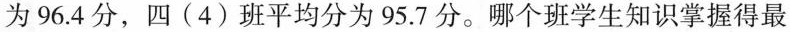
为96.4分，四(4)班平均分为95.7分。哪个班学生知识掌握得最